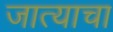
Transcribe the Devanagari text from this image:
जात्याचा